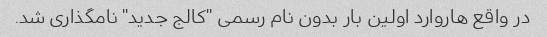
در واقع هاروارد اولین بار بدون نام رسمی "کالج جدید" نامگذاری شد.